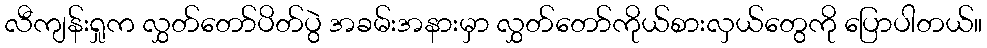
လီကျန်းရှုက လွှတ်တော်ပိတ်ပွဲ အခမ်းအနားမှာ လွှတ်တော်ကိုယ်စားလှယ်တွေကို ပြောပါတယ်။